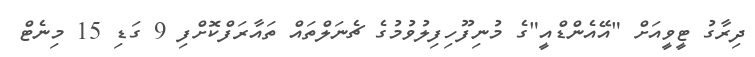
ދިރާގު ޓީވީއަށް "އޭއެންޑްއީ"ގެ މުނިފޫހިފިލުވުމުގެ ޗެނަލްތައް ތައާރަފްކޮށްފި 9 ގަޑި 15 މިނެޓް